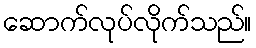
ဆောက်လုပ်လိုက်သည်။